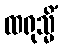
ထရုသ္မိံ